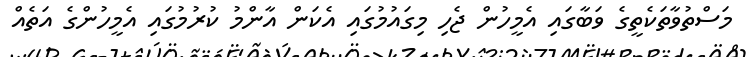
މަސްތުވާތަކެތީގެ ވަބާގައި އެމީހުން ޖެހި މިގައުމުގައި އެކަން އާންމު ކުރުމުގައި އެމީހުންގެ އަތެއް